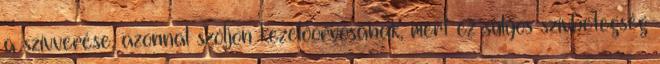
a szívverése, azonnal szóljon kezelőorvosának, mert ez súlyos szívbetegség